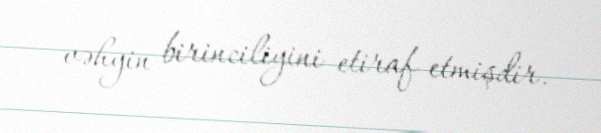
vəhyin birinciliyini etiraf etmişdir.